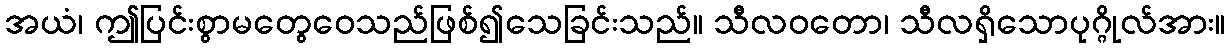
အယံ၊ ဤပြင်းစွာမတွေဝေသည်ဖြစ်၍သေခြင်းသည်။ သီလဝတော၊ သီလရှိသောပုဂ္ဂိုလ်အား။